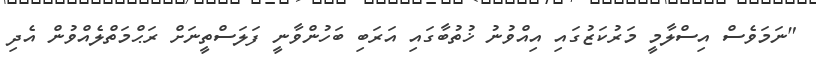
"ނަމަވެސް އިސްލާމީ މަރުކަޒުގައި އިއްވުނު ޚުތުބާގައި އަރަބި ބަހުންވާނީ ފަލަސްތީނަށް ރަޙްމަތްލެއްވުން އެދި